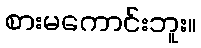
စားမကောင်းဘူး။